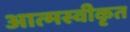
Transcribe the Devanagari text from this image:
आत्‍मस्‍वीकृत